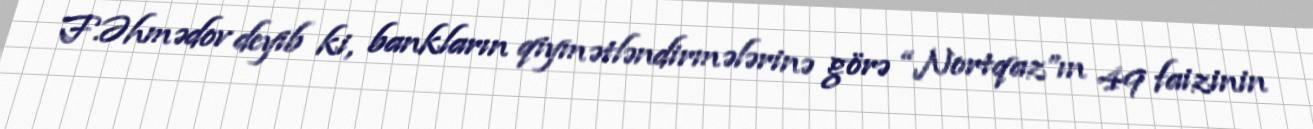
F.Əhmədov deyib ki, bankların qiymətləndirmələrinə görə “Nortqaz”ın 49 faizinin